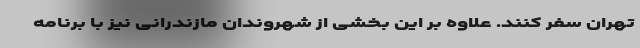
تهران سفر کنند. علاوه بر این بخشی از شهروندان مازندرانی نیز با برنامه